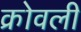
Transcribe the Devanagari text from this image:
क्रोवली